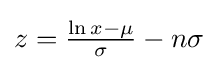
{\textstyle z={\tfrac {\ln x-\mu }{\sigma }}-n\sigma }